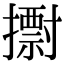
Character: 𢷋